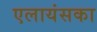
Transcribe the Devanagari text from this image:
एलायंसका